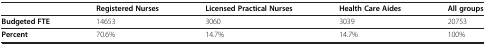
<table><thead><tr><td>[EMPTY_CELL]</td><td><b>Registered Nurses</b></td><td><b>Licensed Practical Nurses</b></td><td><b>Health Care Aides</b></td><td><b>All groups</b></td></tr></thead><tbody><tr><td><b>Budgeted FTE</b></td><td>14653</td><td>3060</td><td>3039</td><td>20753</td></tr><tr><td><b>Percent</b></td><td>70.6%</td><td>14.7%</td><td>14.7%</td><td>100%</td></tr></tbody></table>